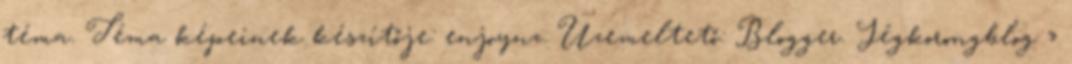
téma. Téma képeinek készítője: enjoynz. Üzemeltető: Blogger. Jégkorongblog »